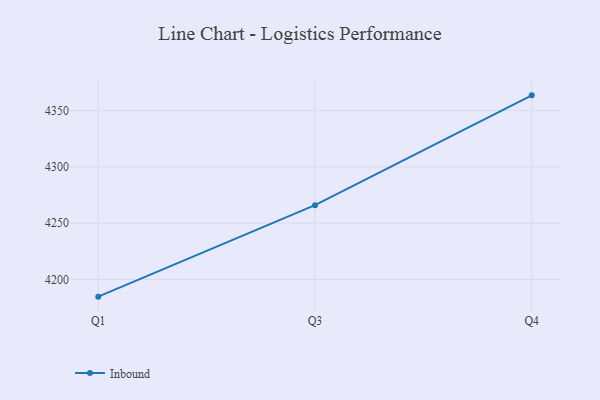
{"axis": {"x": "Quarter", "y": "LTV (USD)"}, "legend": ["Inbound"], "data": [{"x": "Q1", "y": 4184.7, "type": "Inbound"}, {"x": "Q3", "y": 4266.0, "type": "Inbound"}, {"x": "Q4", "y": 4363.6, "type": "Inbound"}]}